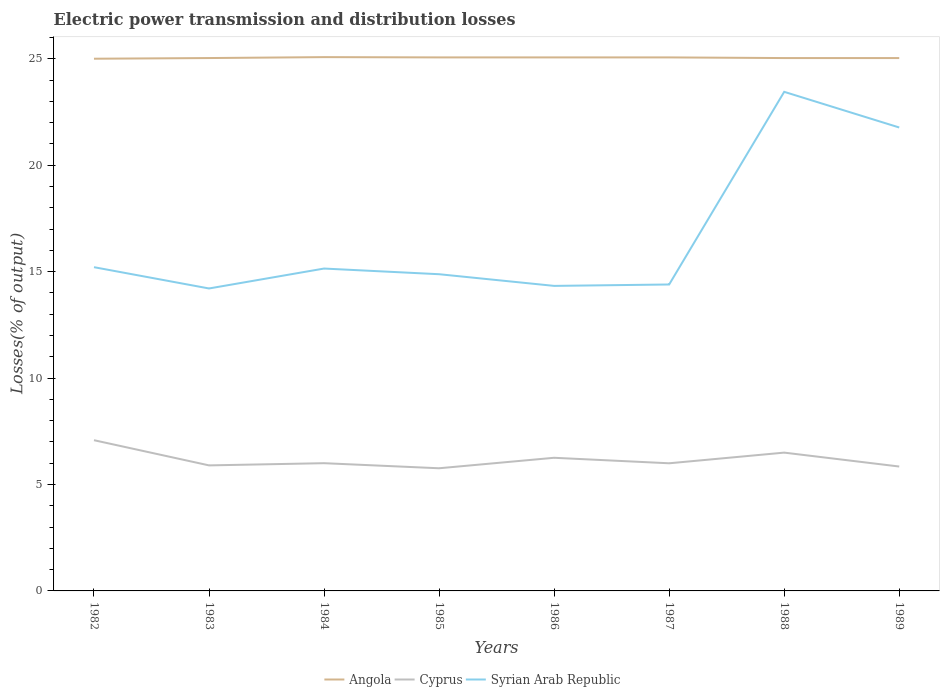
| Years | Angola | Cyprus | Syrian Arab Republic |
 | --- | --- | --- | --- |
 | 1982 | 25 | 7.08 | 15.2 |
 | 1983 | 25 | 5.9 | 14.2 |
 | 1984 | 25.1 | 6 | 15.1 |
 | 1985 | 25.1 | 5.76 | 14.9 |
 | 1986 | 25.1 | 6.25 | 14.3 |
 | 1987 | 25.1 | 6 | 14.4 |
 | 1988 | 25 | 6.5 | 23.4 |
 | 1989 | 25 | 5.84 | 21.8 |